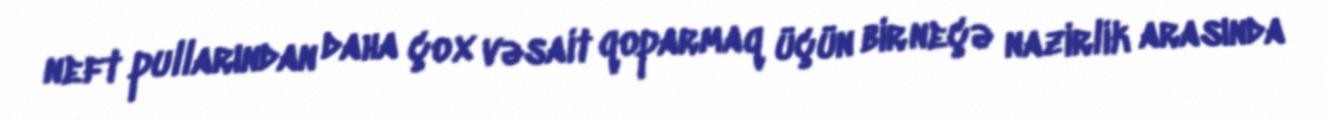
neft pullarından daha çox vəsait qoparmaq üçün bir neçə nazirlik arasında